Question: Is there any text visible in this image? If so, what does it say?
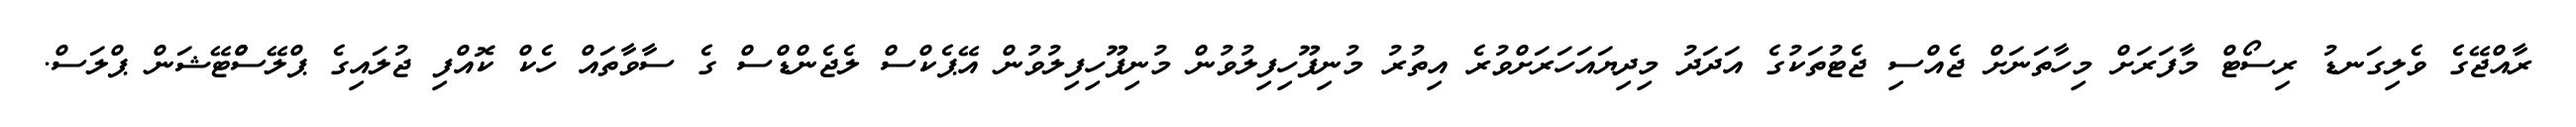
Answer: ރާއްޖޭގެ ވެލިގަނޑު ރިސޯޓް މާފަރަށް މިހާތަނަށް ޖެއްސި ޖެޓުތަކުގެ އަދަދު މިދިޔައަހަރަށްވުރެ އިތުރު މުނިފޫހިފިލުވުން މުނިފޫހިފިލުވުން އޭޕެކްސް ލެޖެންޑްސް ގެ ސާވާތައް ހެކް ކޮއްފި ޖުލައިގެ ޕްލޭސްްޓޭޝަން ޕްލަސް.